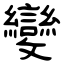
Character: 變